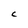
Character: C